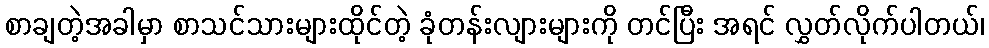
စာချတဲ့အခါမှာ စာသင်သားများထိုင်တဲ့ ခုံတန်းလျားများကို တင်ပြီး အရင် လွှတ်လိုက်ပါတယ်၊